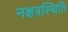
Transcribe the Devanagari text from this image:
नक्षत्रस्थिति